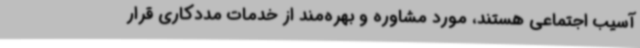
آسیب اجتماعی هستند، مورد مشاوره و بهره‌مند از خدمات مددکاری قرار